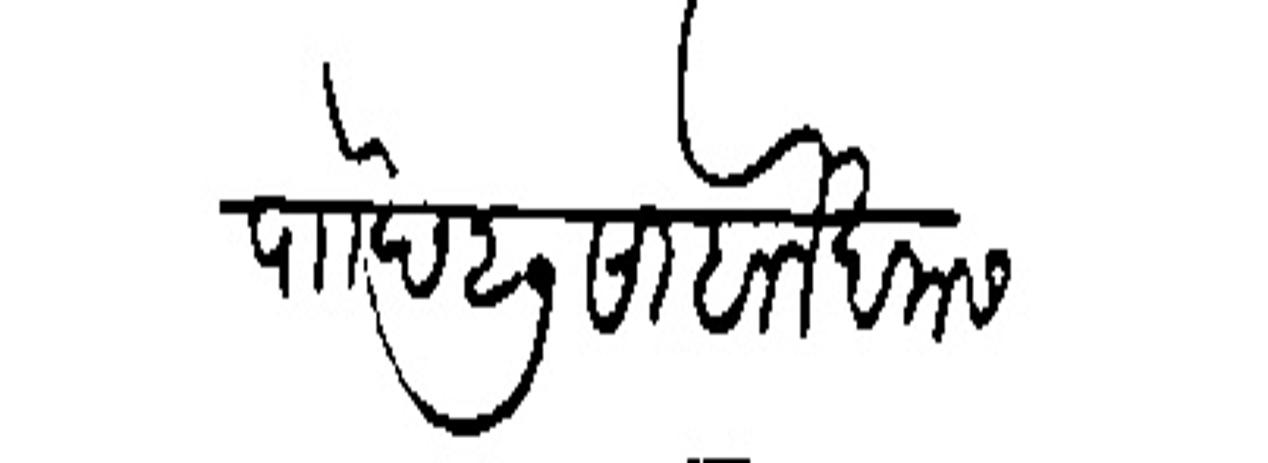
Transliteration (Devanagari): पौा छ २७ साबान खमस